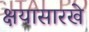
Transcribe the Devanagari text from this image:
क्षयासारखे